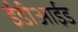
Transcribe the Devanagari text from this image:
ईडीआईड